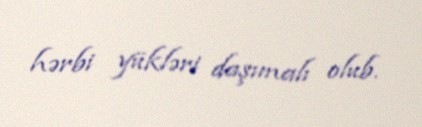
hərbi yükləri daşımalı olub.